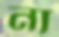
না